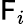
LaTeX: \mathsf{F}_{i}